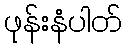
ဖုန်းနံပါတ်